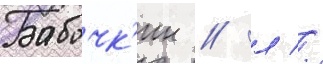
Бабочк'ин / л //